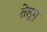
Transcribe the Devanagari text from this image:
तेलु्गू